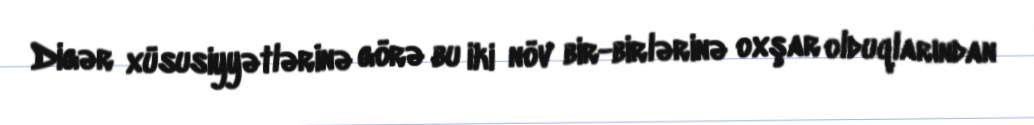
Digər xüsusiyyətlərinə görə bu iki növ bir-birlərinə oxşar olduqlarından